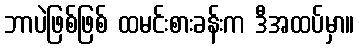
ဘာပဲဖြစ်ဖြစ် ထမင်းစားခန်းက ဒီအထပ်မှာ။